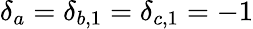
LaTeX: \delta_{a}=\delta_{b,1}=\delta_{c,1}=-1